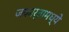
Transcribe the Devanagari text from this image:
जकार्तामध्ये